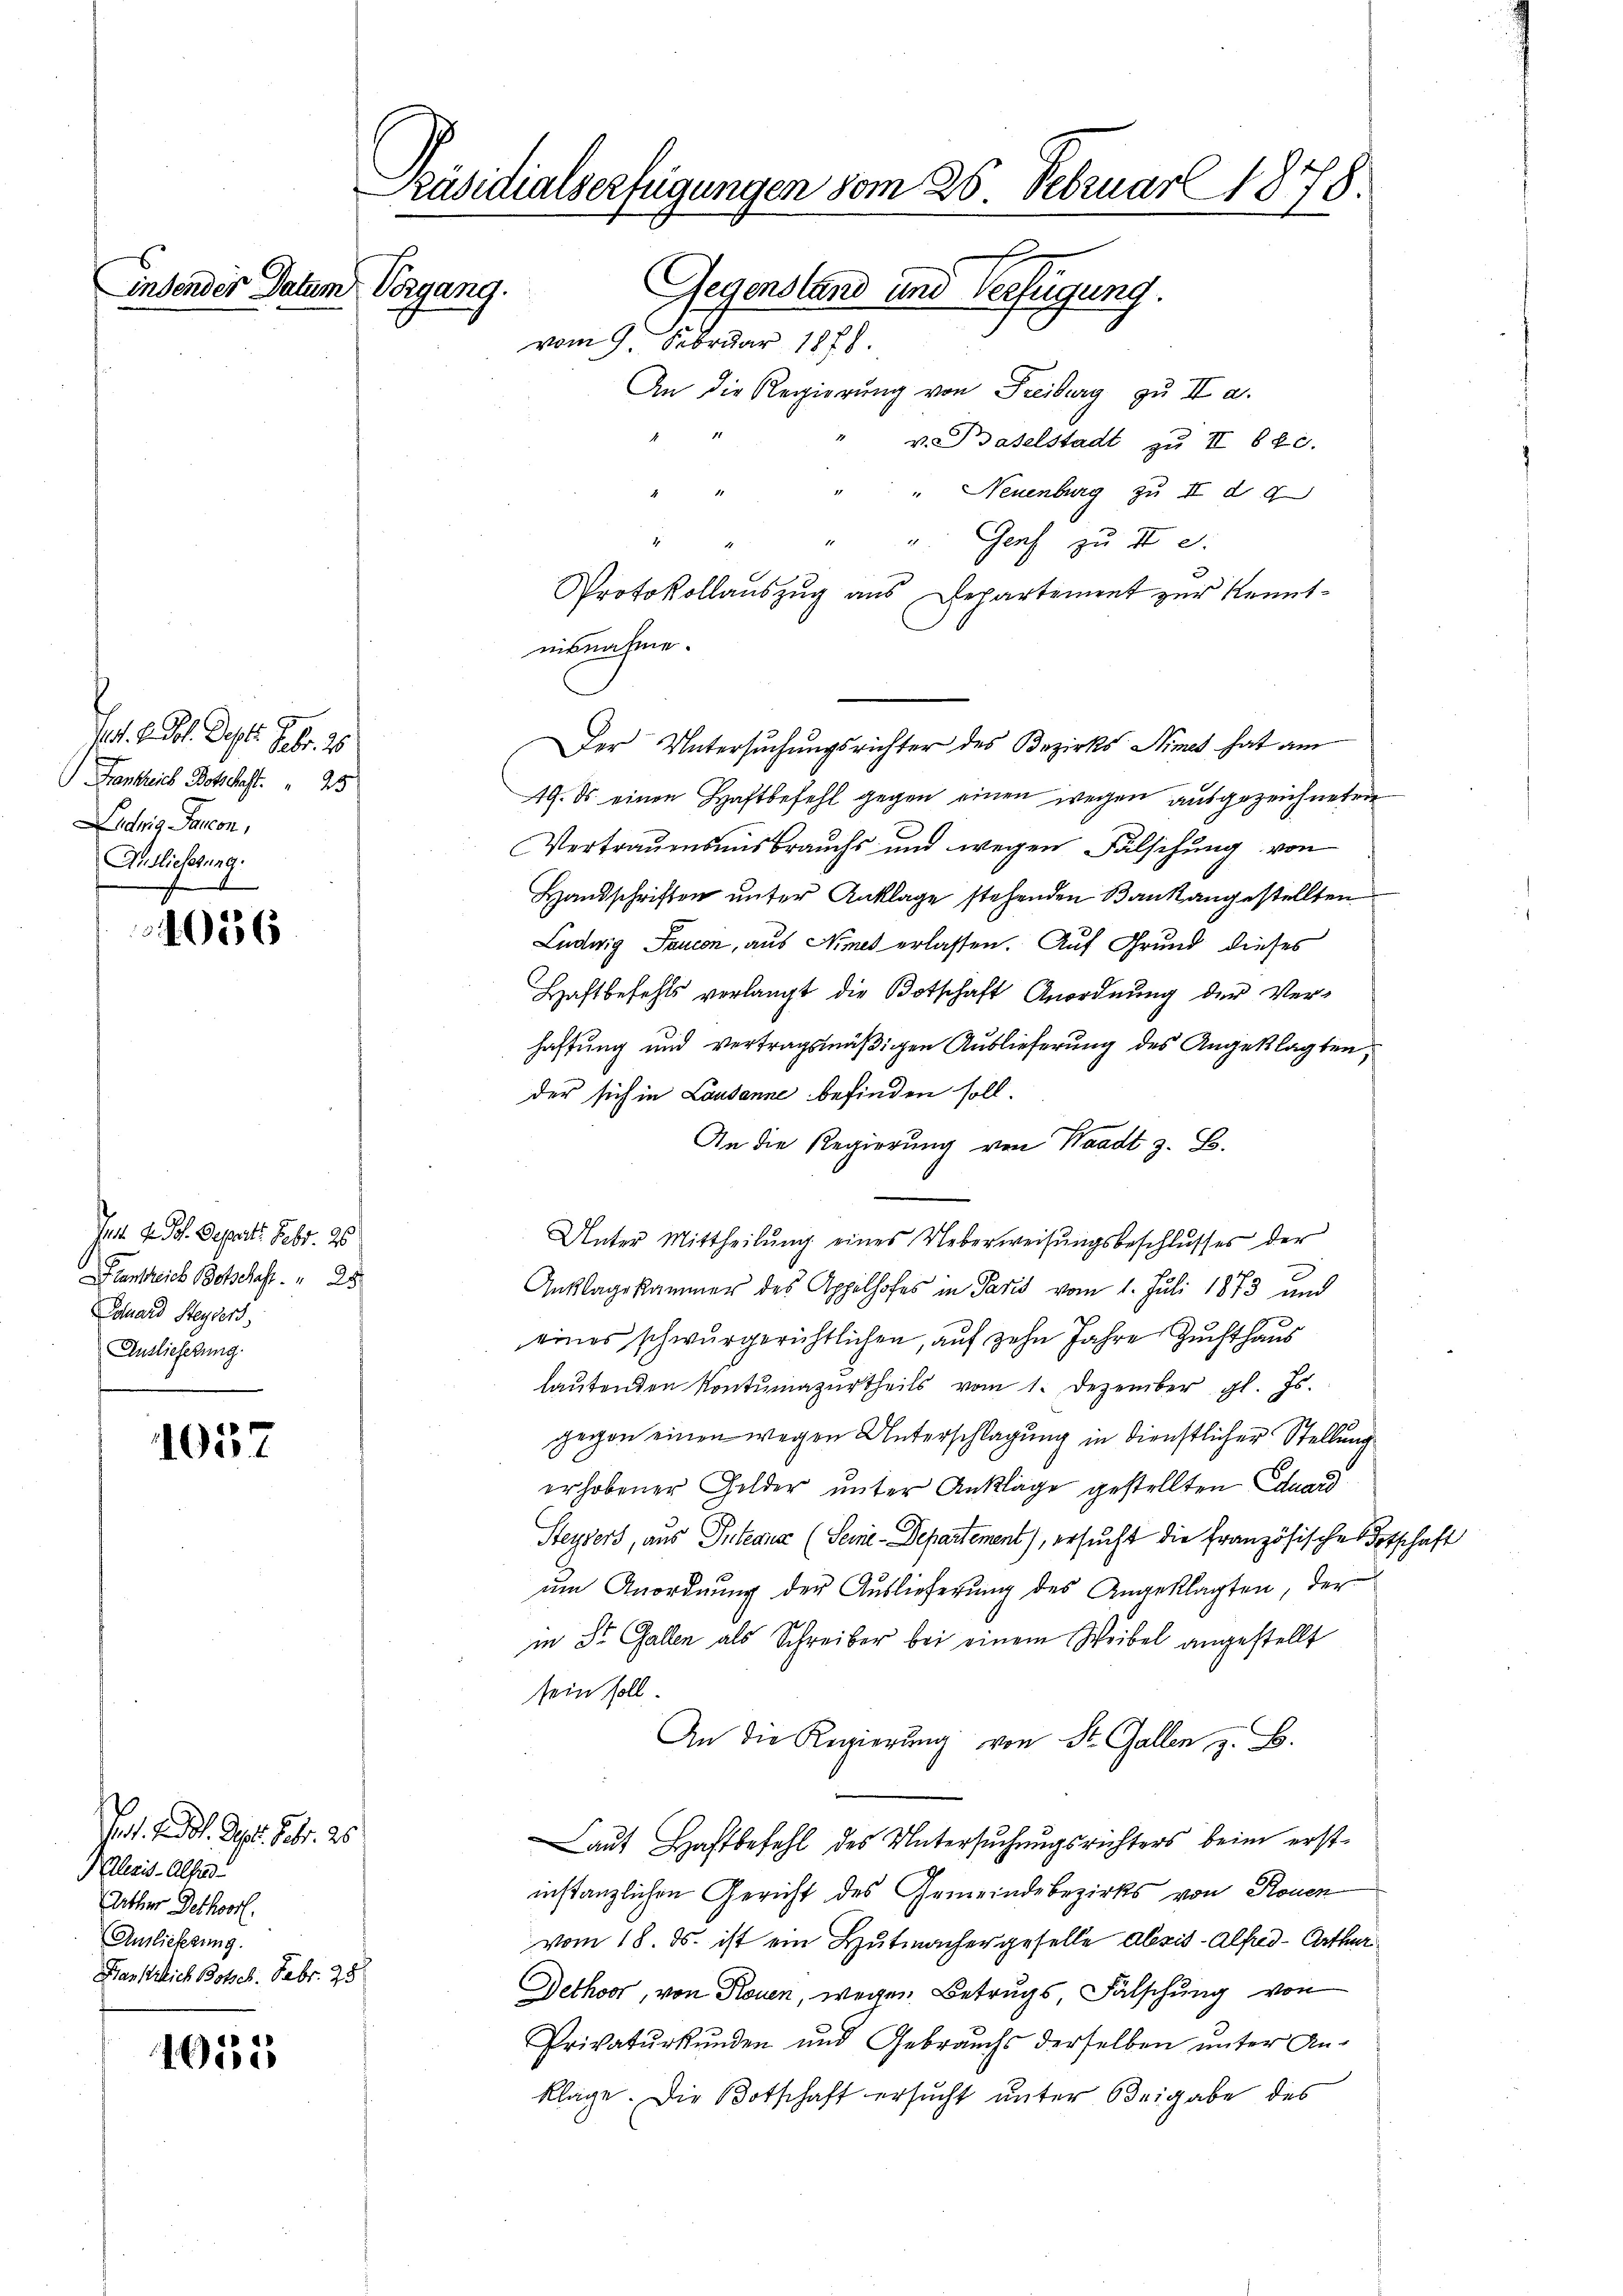
insender Datum Vorgang.

Pad. 4. Kl. Sept. Febr. 18
Fankreis Botschaft.    25
Lidrig Parcon
Auslieferung:

1036

Ind. d. Joh. Depeits Febr. 25
Frankreich Betschaft. " 25
Eduard Steyders
Auslieferung.

1037

J. M. v. Joh. Sept. Febr. 25.
Nlesis-Alber
Arthur Dethoorf.
Auslieferung.
Hanserlich Botsch. Febr. 25

1055

Präsidialserfügungen vom 26. Februar 1878.
x

Gegensland und Verfügung.
vom 9. Februar 1878.
An die Regierung von Freiburg zu II a.
v. Baselstadt zu II 680.
" " Neuenburg zu II d g
" " Genf zu II S.
Protokollauszug aus Departement zur Kenntnisnahme.
Der Untersuchungsrichter des Bezirks Simet hat am
19. ds. einen Haftbefehl gegen einen wegen ausgezeichneten
Vertrauensmisbrauchs und wegen Fälschung von
Handschriften unter Anklage stehenden Bank angestellten
Ludwig Saucen, aus Nimes erlassen. Auf Grund dieses
Haftbefehls verlangt die Botschaft Anordnung der Ver-
haftung und vertragsmäßigen Auslieferung des Angeklagten,
der sich in Lausanne befinden soll.
An die Regierung von Waadt z. B.
Unter Mittheilung eines Ueberweisungsbeschlusses der
Anklagekammer des Appelhofes in Paris vom 1. Juli 1873 und
eines schwurgerichtlichen, auf zehn Jahre Zuchthaus
lautenden Kontumazurtheils vom 1. Dezember gl. Js.
gegen einen wegen Unterschlagung in dienstlicher Stellung
erhobener Gelder unter Ankläge gestellten Eduard
Steyders, aus Pateaux (Seiie-Departement), ersucht die französische Ortschaft
um Anordnung der Auslieferung des Angeklagten, der
in St. Gallen als Schreiber bei einem Weibel angestellt
sein soll
An die Regierung von St. Gallen z. B.
Lauf Haftbefehl des Untersuchungsrichters beim erstinstanzlichen Gericht des Gemeindebezirks von Rouen
vom 18. ds. ist ein Hutmachergeselle absis-Alfud-Arthur
Dethoor, von Rouen, wegen Betrugs Fälschung von
Privatŭrkŭnden und Gebrauchs derselben ŭnter An-
klage. Die Botschaft ersucht unter Beigabe des

8